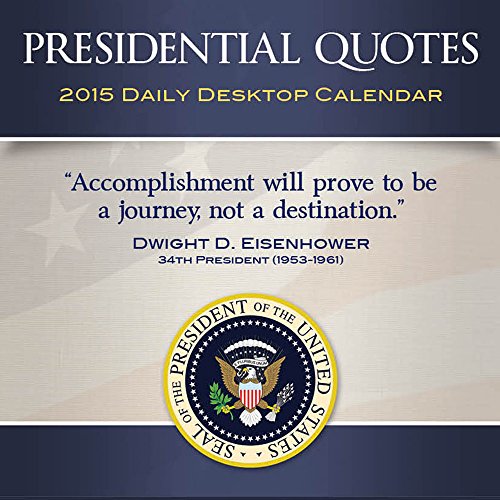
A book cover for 2015 Presidential Quotes Daily Desktop Calendar; TF PUBLISHING; Calendars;